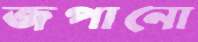
জপানো